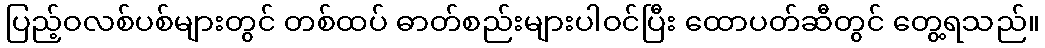
ပြည့်ဝလစ်ပစ်များတွင် တစ်ထပ် ဓာတ်စည်းများပါဝင်ပြီး ထောပတ်ဆီတွင် တွေ့ရသည်။